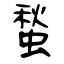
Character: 蝵